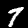
Label: 7